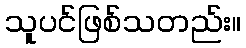
သူပင်ဖြစ်သတည်း။